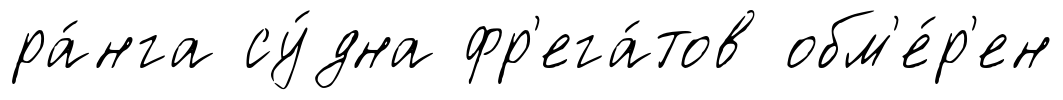
ра́нга су́дна фр'ега́тов обм'е́р'ен